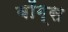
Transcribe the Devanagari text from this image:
बॉग्स